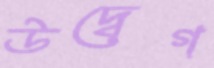
উদ্বেগ